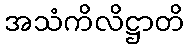
အသံကိလိဋ္ဌာတိ